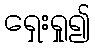
ရှေးရှု၍